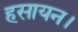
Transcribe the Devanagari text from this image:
हसायन।